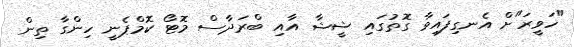
"ހަވީރަ"ށް އެނގިފައިވާ ގޮތުގައި ޝީޝާ އާއި ބްރަދާސް މޮޓޯ ކޮމްޕެނީ ހިންގާ ތިން